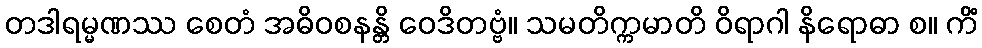
တဒါရမ္မဏဿ စေတံ အဓိဝစနန္တိ ဝေဒိတဗ္ဗံ။ သမတိက္ကမာတိ ဝိရာဂါ နိရောဓာ စ။ ကိံ